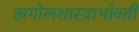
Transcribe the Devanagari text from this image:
खगोलशास्त्राभोवती